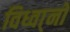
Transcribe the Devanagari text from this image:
विध्वा्नो